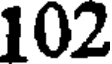
102